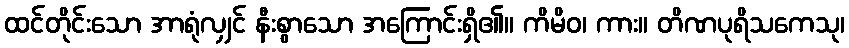
ထင်တိုင်းသော အာရုံလျှင် နီးစွာသော အကြောင်းရှိ၏။ ကိမိဝ၊ ကား။ တိဏပုရိသကေသု၊